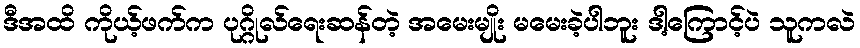
ဒီအထိ ကိုယ့်ဖက်က ပုဂ္ဂိုလ်ရေးဆန်တဲ့ အမေးမျိုး မမေးခဲ့ပါဘူး ဒါ့ကြောင့်ပဲ သူကလဲ